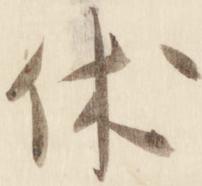
休